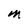
Character: M